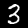
Digit: 3